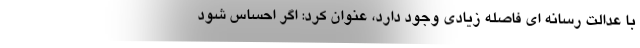
با عدالت رسانه ای فاصله زیادی وجود دارد، عنوان کرد: اگر احساس شود